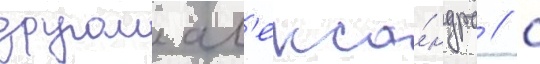
другом ал'екса́ндра / с